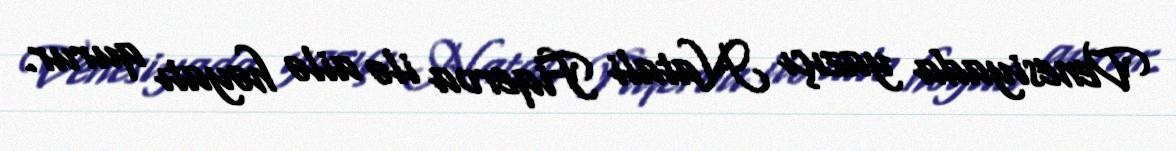
Venesiyada yazıçı Natali Fiqeroa ilə ailə həyatı qurur.